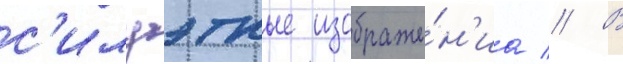
с'илуэтные изображе́н'иа // В